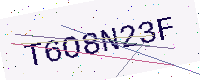
Text: T6O8N23F